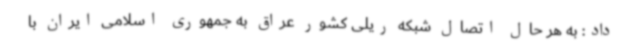
داد: به هر حال اتصال شبکه ریلی کشور عراق به جمهوری اسلامی ایران با